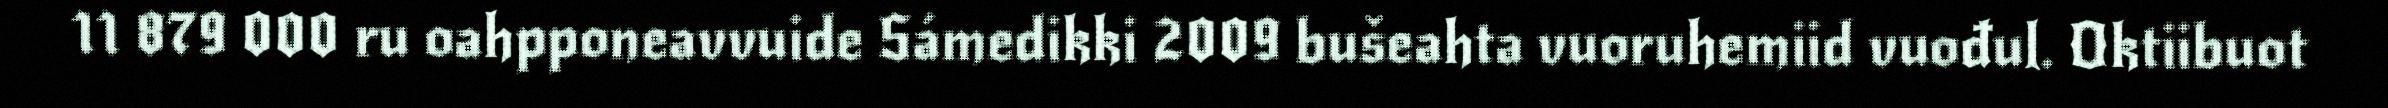
11 879 000 ru oahpponeavvuide Sámedikki 2009 bušeahta vuoruhemiid vuođul. Oktiibuot